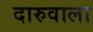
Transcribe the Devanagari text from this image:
दारुवाला